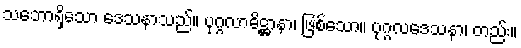
သဘောရှိသော ဒေသနာသည်။ ပုဂ္ဂလာဓိဋ္ဌာနာ၊ ဖြစ်သော။ ပုဂ္ဂလဒေသနာ၊ တည်း။